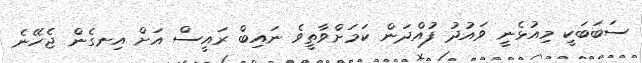
ސަބަބަކީ މިއުޅެނީ ވައުދު ފުއްދަން ކަމަށްވާތީވެ ނައިބް ރައީސް އަށް އިނގެން ޖެހޭނެ